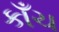
કાઁચ